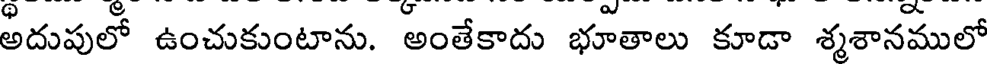
అదుపులో ఉంచుకుంటాను. అంతేకాదు భూతాలు కూడా శృశానములో